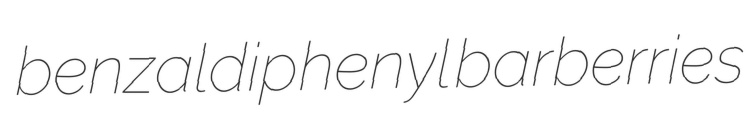
benzaldiphenyl barberries